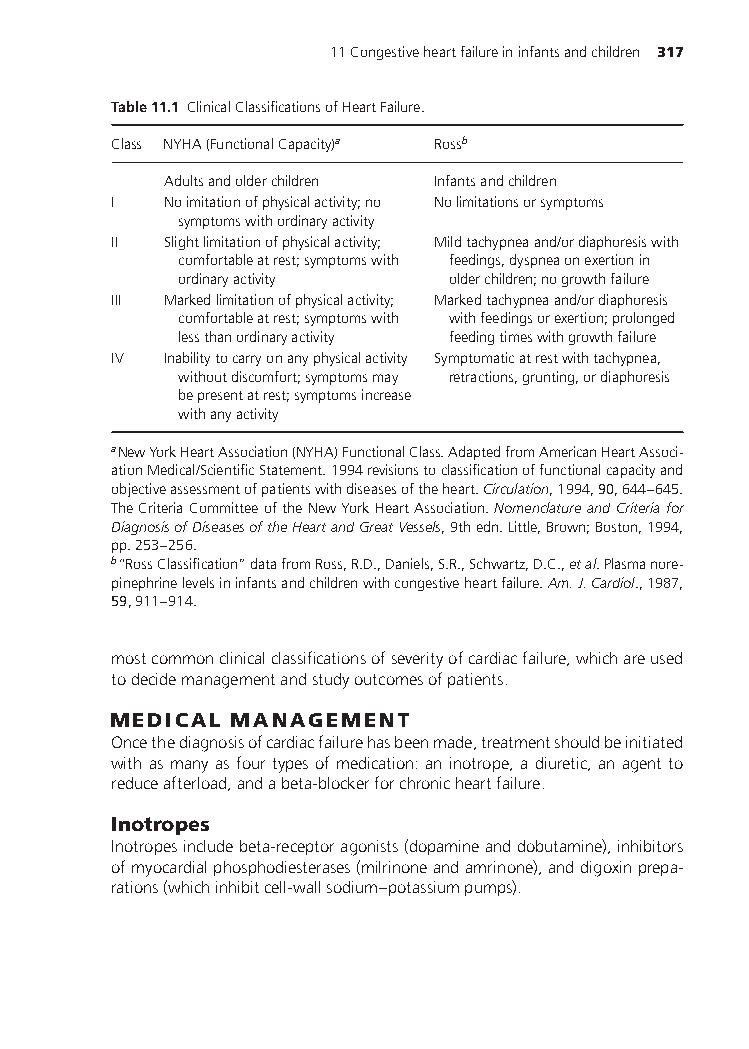
11Congestiveheartfailureininfantsandchildren 317
 Table11.1 ClinicalClassificationsofHeartFailure.
 Class NYHA(FunctionalCapacity)a Rossb
 Adultsandolderchildren Infantsandchildren
 I  Noimitationofphysicalactivity;no Nolimitationsorsymptoms
 symptomswithordinaryactivity
 II Slightlimitationofphysicalactivity; Mildtachypneaand/ordiaphoresiswith
 comfortableatrest;symptomswith feedings,dyspneaonexertionin
 ordinaryactivity  olderchildren;nogrowthfailure
 III Markedlimitationofphysicalactivity; Markedtachypneaand/ordiaphoresis
 comfortableatrest;symptomswith withfeedingsorexertion;prolonged
 lessthanordinaryactivity feedingtimeswithgrowthfailure
 IV Inabilitytocarryonanyphysicalactivity Symptomaticatrestwithtachypnea,
 withoutdiscomfort;symptomsmay retractions,grunting,ordiaphoresis
 bepresentatrest;symptomsincrease
 withanyactivity
 aNewYorkHeartAssociation(NYHA)FunctionalClass.AdaptedfromAmericanHeartAssoci-
 ationMedical/ScientificStatement.1994revisionstoclassificationoffunctionalcapacityand
 objectiveassessmentofpatientswithdiseasesoftheheart.Circulation,1994,90,644–645.
 TheCriteriaCommitteeoftheNewYorkHeartAssociation.NomenclatureandCriteriafor
 DiagnosisofDiseasesoftheHeartandGreatVessels,9thedn.Little,Brown;Boston,1994,
 pp.253–256.
 b“RossClassification”datafromRoss,R.D.,Daniels,S.R.,Schwartz,D.C.,etal.Plasmanore-
 pinephrinelevelsininfantsandchildrenwithcongestiveheartfailure.Am.J.Cardiol.,1987,
 59,911–914.
 mostcommonclinicalclassificationsofseverityofcardiacfailure,whichareused
 todecidemanagementandstudyoutcomesofpatients.
 MEDICAL MANAGEMENT
 Oncethediagnosisofcardiacfailurehasbeenmade,treatmentshouldbeinitiated
 with as many as four types of medication: an inotrope, a diuretic, an agent to
 reduceafterload,andabeta-blockerforchronicheartfailure.
 Inotropes
 Inotropesincludebeta-receptoragonists(dopamineanddobutamine),inhibitors
 ofmyocardialphosphodiesterases(milrinoneandamrinone),anddigoxinprepa-
 rations(whichinhibitcell-wallsodium–potassiumpumps).